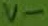
Text: v-